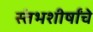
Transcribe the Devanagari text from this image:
स्तंभशीर्षांचे